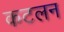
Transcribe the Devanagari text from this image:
कटलन